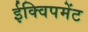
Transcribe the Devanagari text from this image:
ईक्विपमेंट